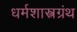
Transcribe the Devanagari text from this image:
धर्मशास्त्रग्रंथ